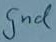
Text: gnd